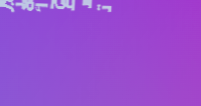
تصفح الإنترنت بسرعة فائقة